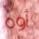
أوه